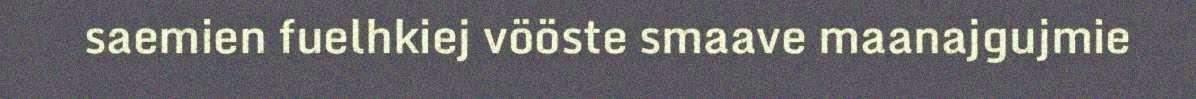
saemien fuelhkiej vööste smaave maanajgujmie